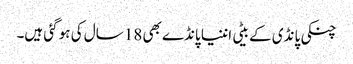
چنکی پانڈی کے بیٹی اننیا پانڈے بھی 18 سال کی ہو گئی ہیں۔